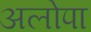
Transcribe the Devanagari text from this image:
अलोपा